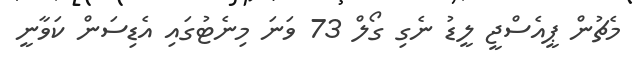
މެޗުން ޕީއެސްޖީ ލީޑު ނެގި ގޯލް 73 ވަނަ މިނެޓުގައި އެޑިސަން ކަވާނީ